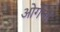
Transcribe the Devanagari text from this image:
ओर्गेनो